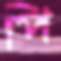
পি